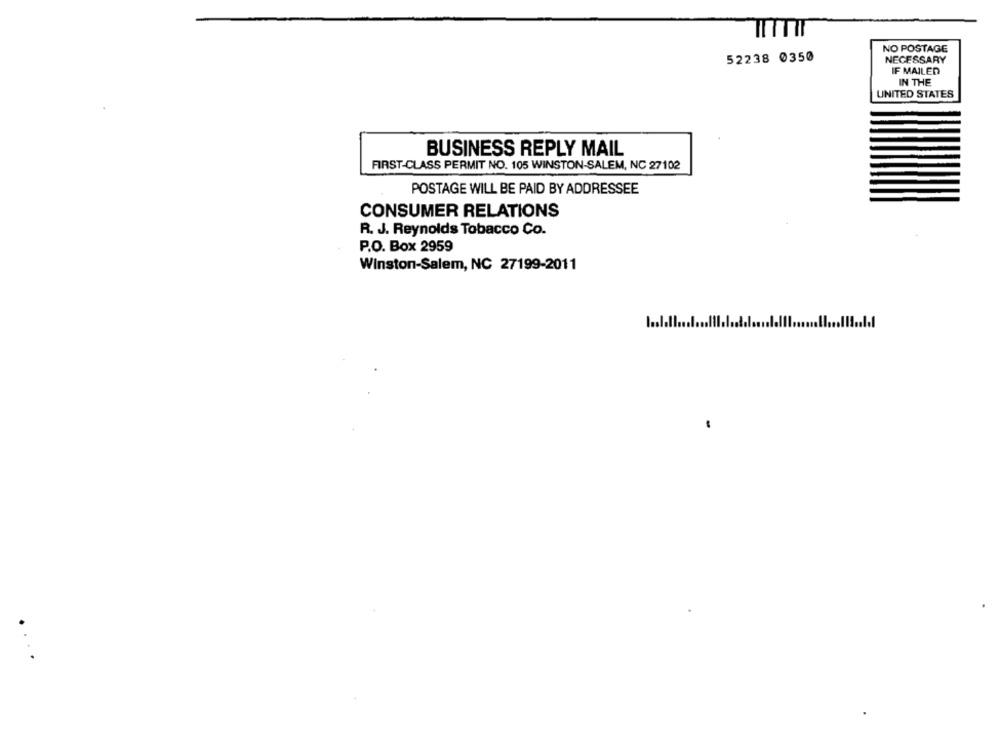
NO POSTAGE
52238 0350
NECESSARY
IF MAILED
IN THE
UNITED STATES
BUSINESS REPLY MAIL
FIRST-CLASS PERMIT NO. 105 WINSTON-SALEM, NC 27102
POSTAGE WILL BE PAID BY ADDRESSEE
CONSUMER RELATIONS
R. J. Reynolds Tobacco Co.
P.O. Box 2959
Winston-Salem, NC 27199-2011